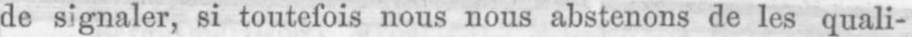
de signaler, si toutefois nous nous abstenons de les quali-